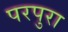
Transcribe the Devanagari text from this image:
परपुरा